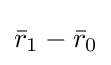
{\bar {r}}_{1}-{\bar {r}}_{0}